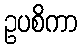
ဥပစိကာ